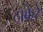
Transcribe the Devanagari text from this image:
ठाकेरे